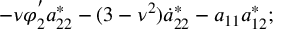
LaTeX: - \nu \varphi _ { 2 } ^ { ' } a _ { 2 2 } ^ { * } - ( 3 - \nu ^ { 2 } ) \dot { a } _ { 2 2 } ^ { * } - a _ { 1 1 } a _ { 1 2 } ^ { * } ;